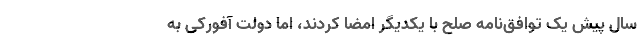
سال پیش یک توافق‌نامه صلح با یکدیگر امضا کردند، اما دولت آفورکی به